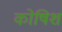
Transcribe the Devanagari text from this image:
कोषिश